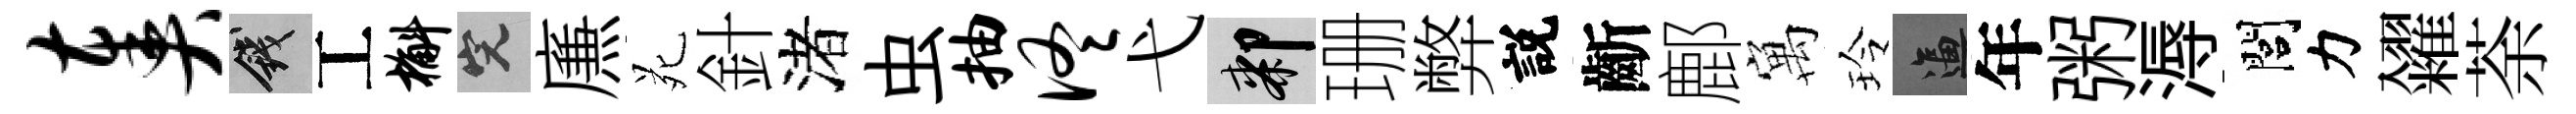
奏錢工槲完㢘苑針渚虫抽佟弋膝珊弊説齗鄜寓玲逼年粥溽閭力糴荼